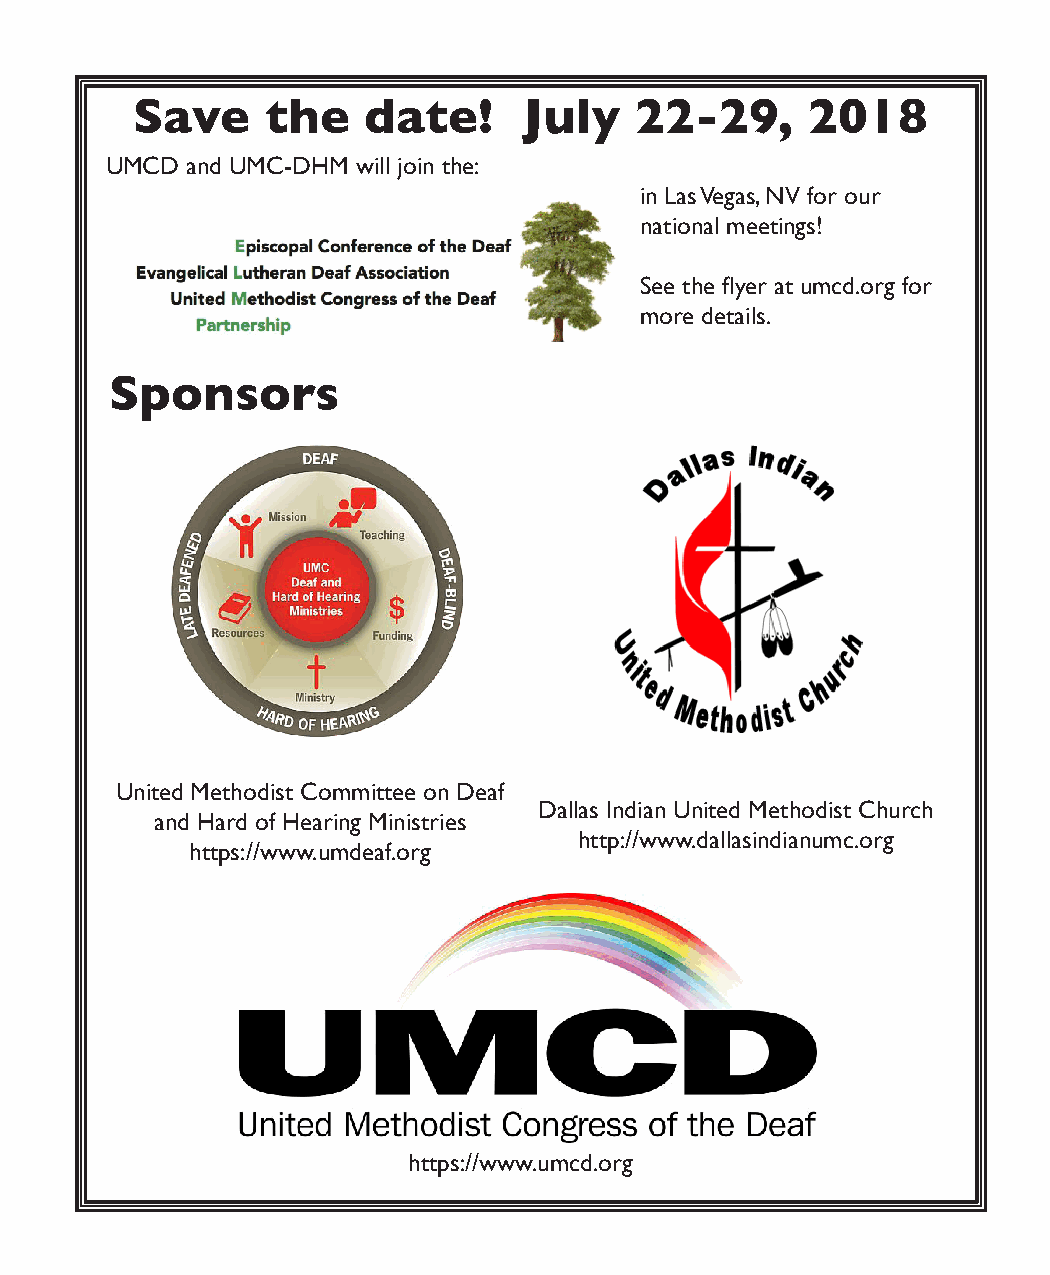
Save     the   date!      July   22-29,      2018
 UMCD and UMC-DHM will join the:
 in Las Vegas, NV for our
 national meetings!
 See the flyer at umcd.org for
 more details.
 Sponsors
 United Methodist Committee on Deaf
 Dallas Indian United Methodist Church
 and Hard of Hearing Ministries
 http://www.dallasindianumc.org
 https://www.umdeaf.org
 https://www.umcd.org